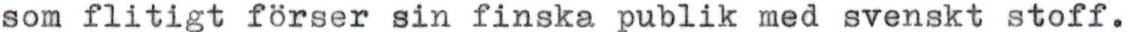
som flitigt förser sin finska publik med svenskt stoff.